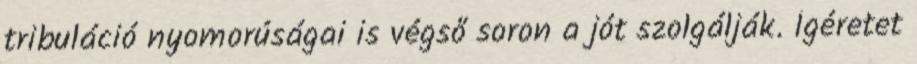
tribuláció nyomorúságai is végső soron a jót szolgálják. Ígéretet